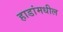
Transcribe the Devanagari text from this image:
हाडांमधील